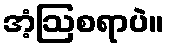
အံ့ဩစရာပဲ။